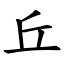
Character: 丘